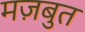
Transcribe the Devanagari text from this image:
मज़बुत